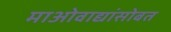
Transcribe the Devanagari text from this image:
माओवाद्यांसोबत